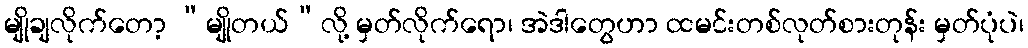
မျိုချလိုက်တော့ “မျိုတယ်”လို့ မှတ်လိုက်ရော၊ အဲဒါတွေဟာ ထမင်းတစ်လုတ်စားတုန်း မှတ်ပုံပဲ၊